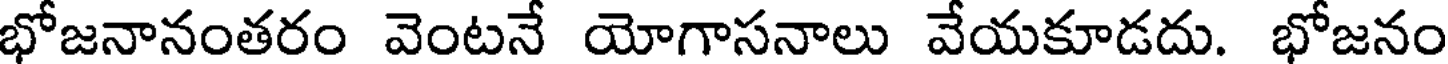
భోజనానంతరం వెంటనే యోగాసనాలు వేయకూడదు. భోజనం